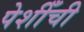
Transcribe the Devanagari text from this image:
पेशीँची